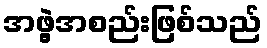
အဖွဲ့အစည်းဖြစ်သည်